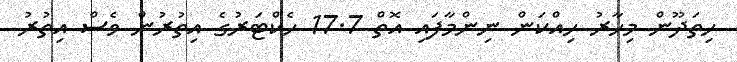
ހިތަދޫން މިހާރު ހިއްކަން ނިންމާފައި އޮތް 17.7 ހެކްޓަރުގެ އިތުރުން ވެސް އިތުރު